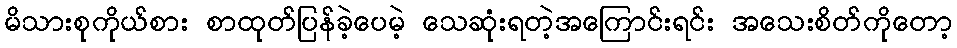
မိသားစုကိုယ်စား စာထုတ်ပြန်ခဲ့ပေမဲ့ သေဆုံးရတဲ့အကြောင်းရင်း အသေးစိတ်ကိုတော့